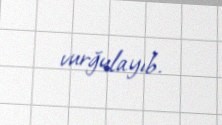
vurğulayıb.